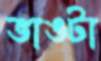
ভাঙটা